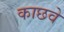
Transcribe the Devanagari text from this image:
काछवे